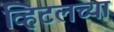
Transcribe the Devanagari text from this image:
व्हिटलच्या